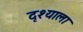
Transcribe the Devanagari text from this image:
दृश्‍याला